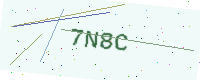
Text: 7N8C